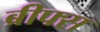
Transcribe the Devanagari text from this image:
ब्रीफ्स